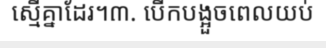
ស្មើគ្នាដែរ។៣. បើកបង្អួចពេលយប់